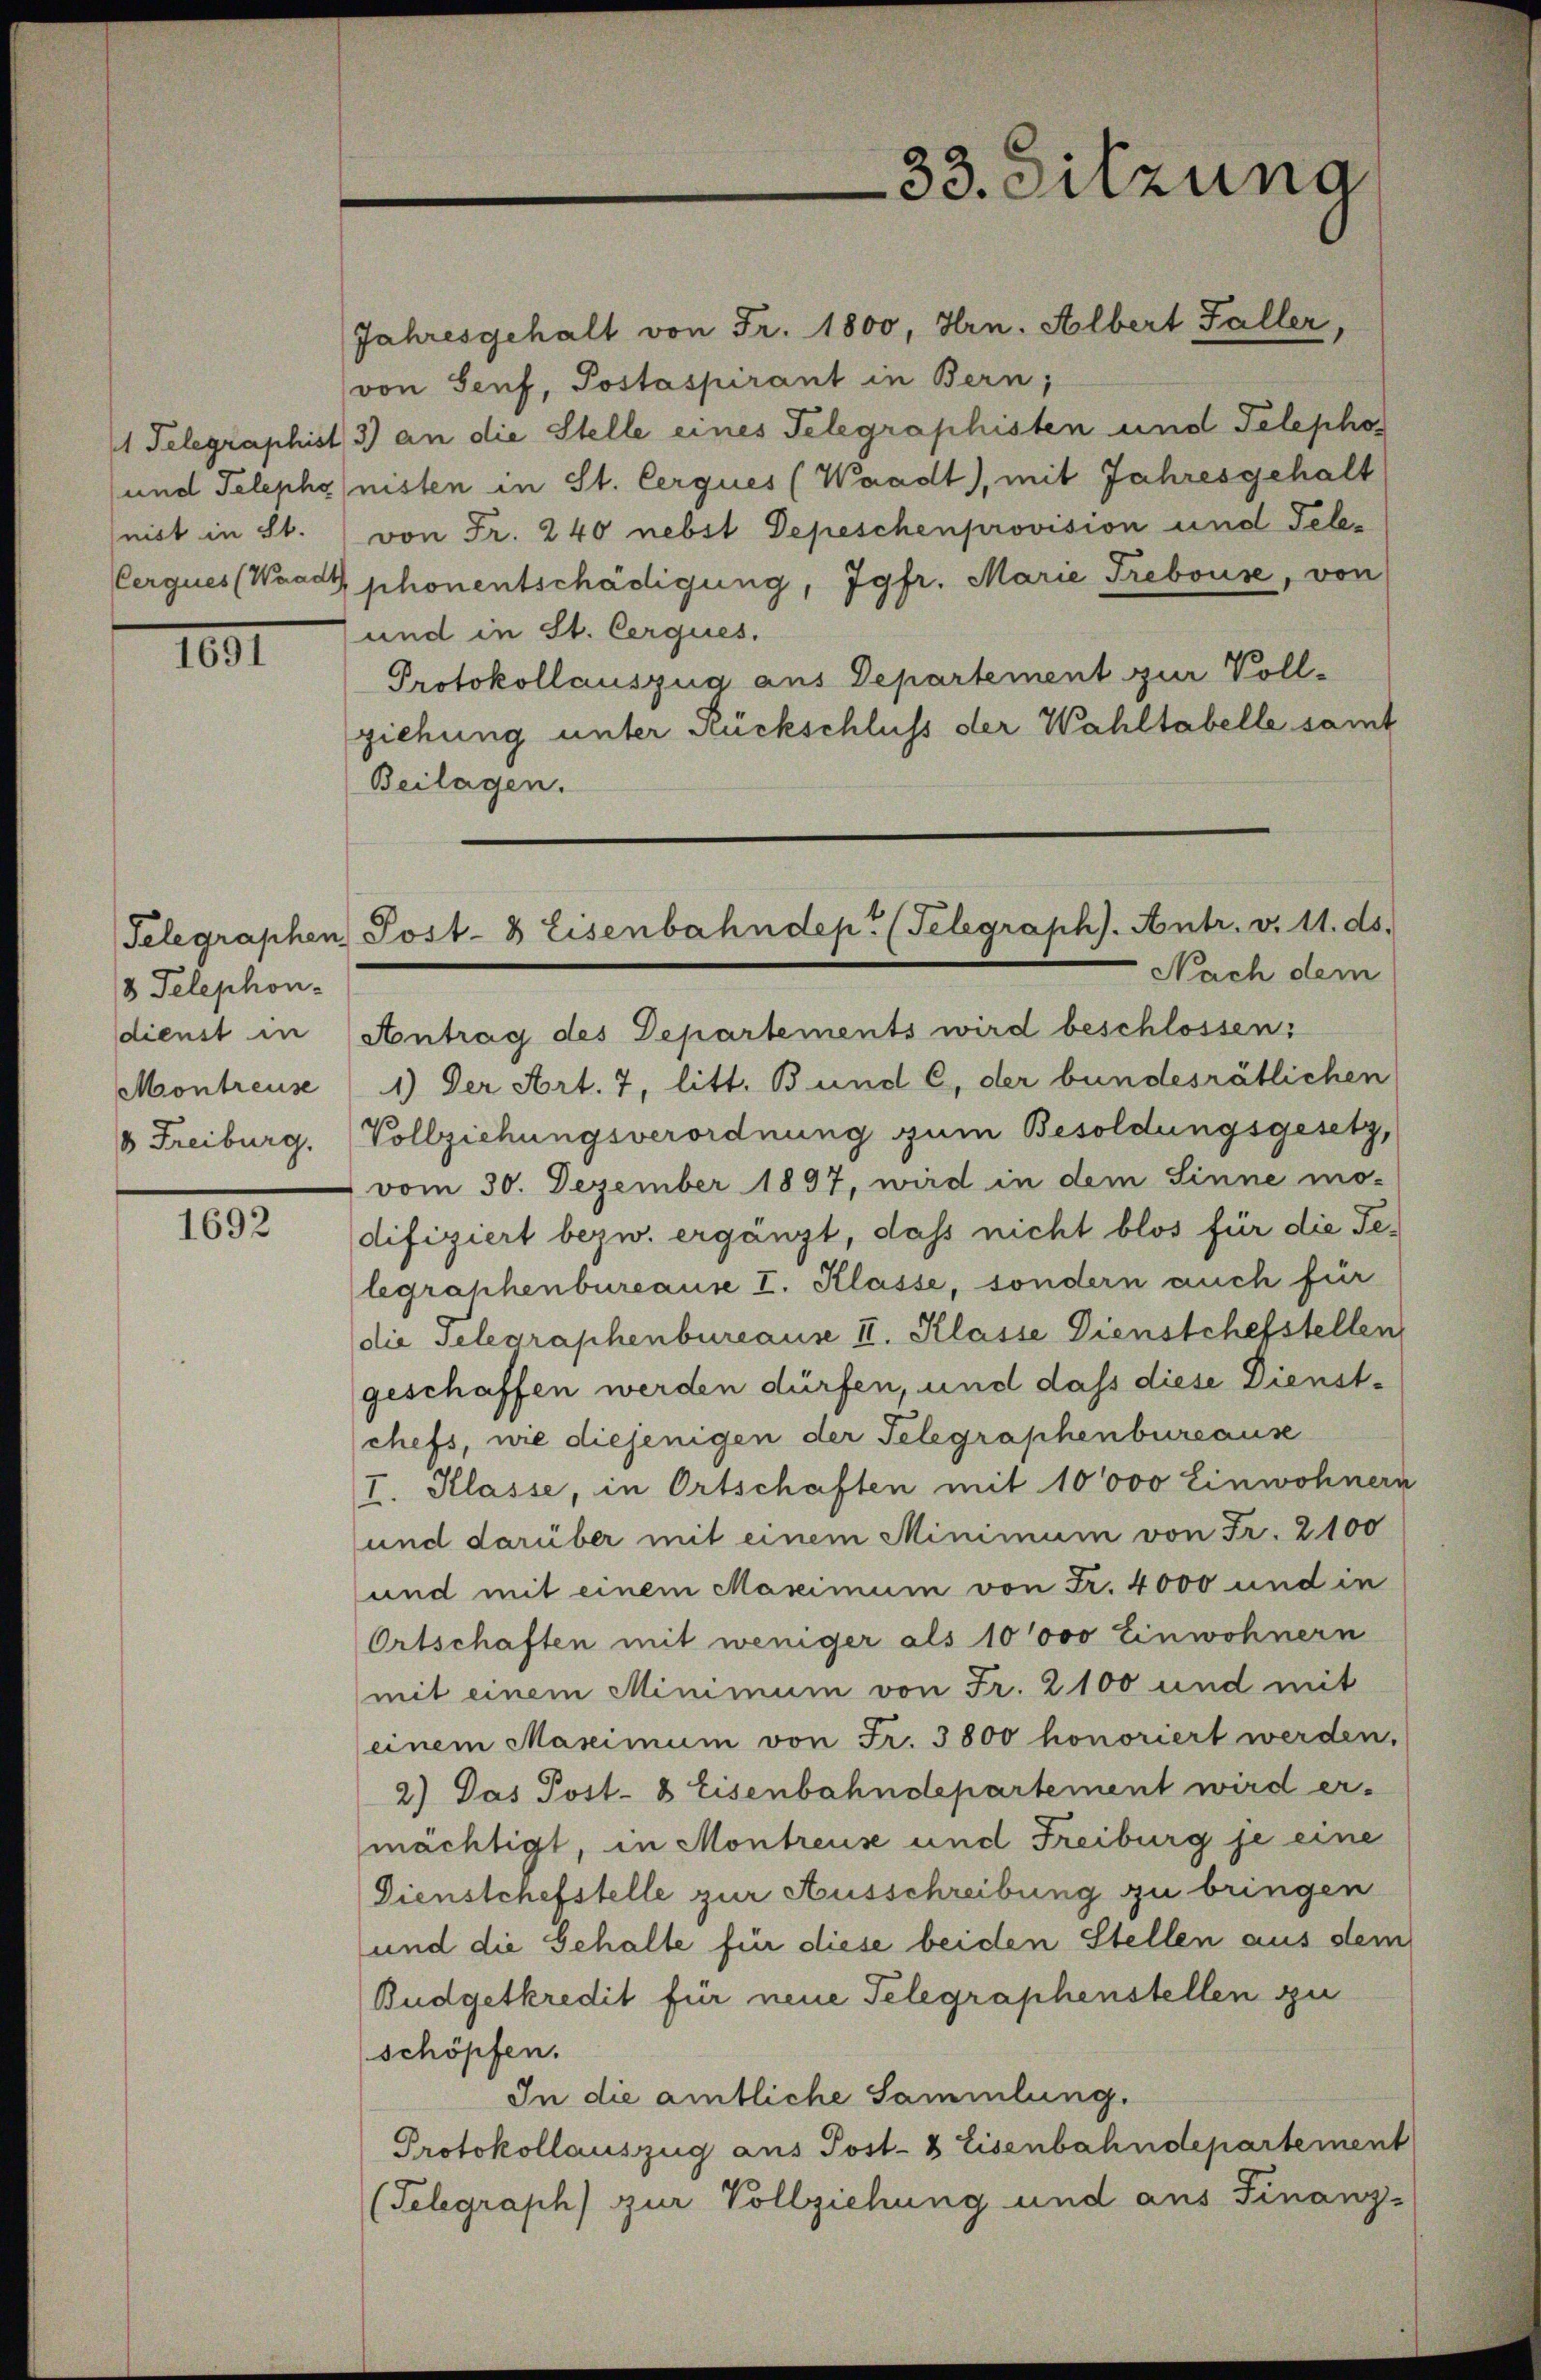
1 Telegraphist
und Telepho
nist in St.
Cerques (Waadt

1091

/8 Telephon-
Montreuse

1692

33. Sitzung

Jahresgehalt von Fr. 1800, Hrn. Albert Faller,
von Senf, Postaspirant in Bern,
3) an die Stelle eines Telegraphisten und Telepho
nisten in St. Cerques (Waadt), mit Jahresgehalt
von Fr. 240 nebst Depeschenprovision und Teleshonentschädigung, Jgfr. Marie Trebouse, von
und in St. Cerques.
Protokollauszug aus Departement zur Voll-
ziehung unter Rückschluss der Wahltabelle samt
Beilagen.
sdienst in Antrag des Departements wird beschlossen:
1.) Der Art. 7, litt. Bund C. der bundesrätlichen
 Freiburg. Vollziehungsverordnung zum Besoldungsgesetz,
vom 30. Dezember 1897, wird in dem Sinne mo-
difiziert bezw. ergänzt, dass nicht blos für die Telegraphenbureause I. Klasse, sondern auch für
die Telegraphenbureause II. Klasse Dienstchefstellen
geschaffen werden dürfen, und dass diese Dienstchefs, wie diejenigen der Telegraphenbureause
I. Klasse, in Ortschaften mit 10000 Einwohnern
und darüber mit einem Minimum von Fr. 2100
und mit einem Maximum von Fr. 4000 und in
Ortschaften mit weniger als 10000 Einwohnern
mit einem Minimum von Fr. 2100 und mit
einem Maximum von Fr. 3800 honoriert werden,
2.) Das Post- & Eisenbahndepartement wird er-
mächtigt, in Montreuse und Freiburg je eine
Dienstchefstelle zur Ausschreibung zu bringen
und die Gehalte für diese beiden Stellen aus dem
Budgetkredit für neue Telegraphenstellen zu
schöpfen.
In die amtliche Sammlung.
Protokollauszug aus Post- & Eisenbahndepartement
(Telegraph) zur Vollziehung und aus Finanz-

Telegraphen Post-3 Eisenbahndep. (Telegraph). Antr. v. 11. ds.
Nach dem